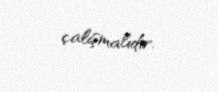
çalışmalıdır.